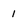
Character: 1